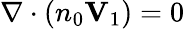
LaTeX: \nabla\cdot\left(n_{0}\mathbf{V}_{1}\right)=0